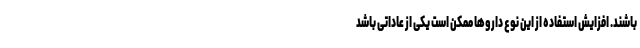
باشند. افزایش استفاده از این نوع داروها ممکن است یکی از عاداتی باشد